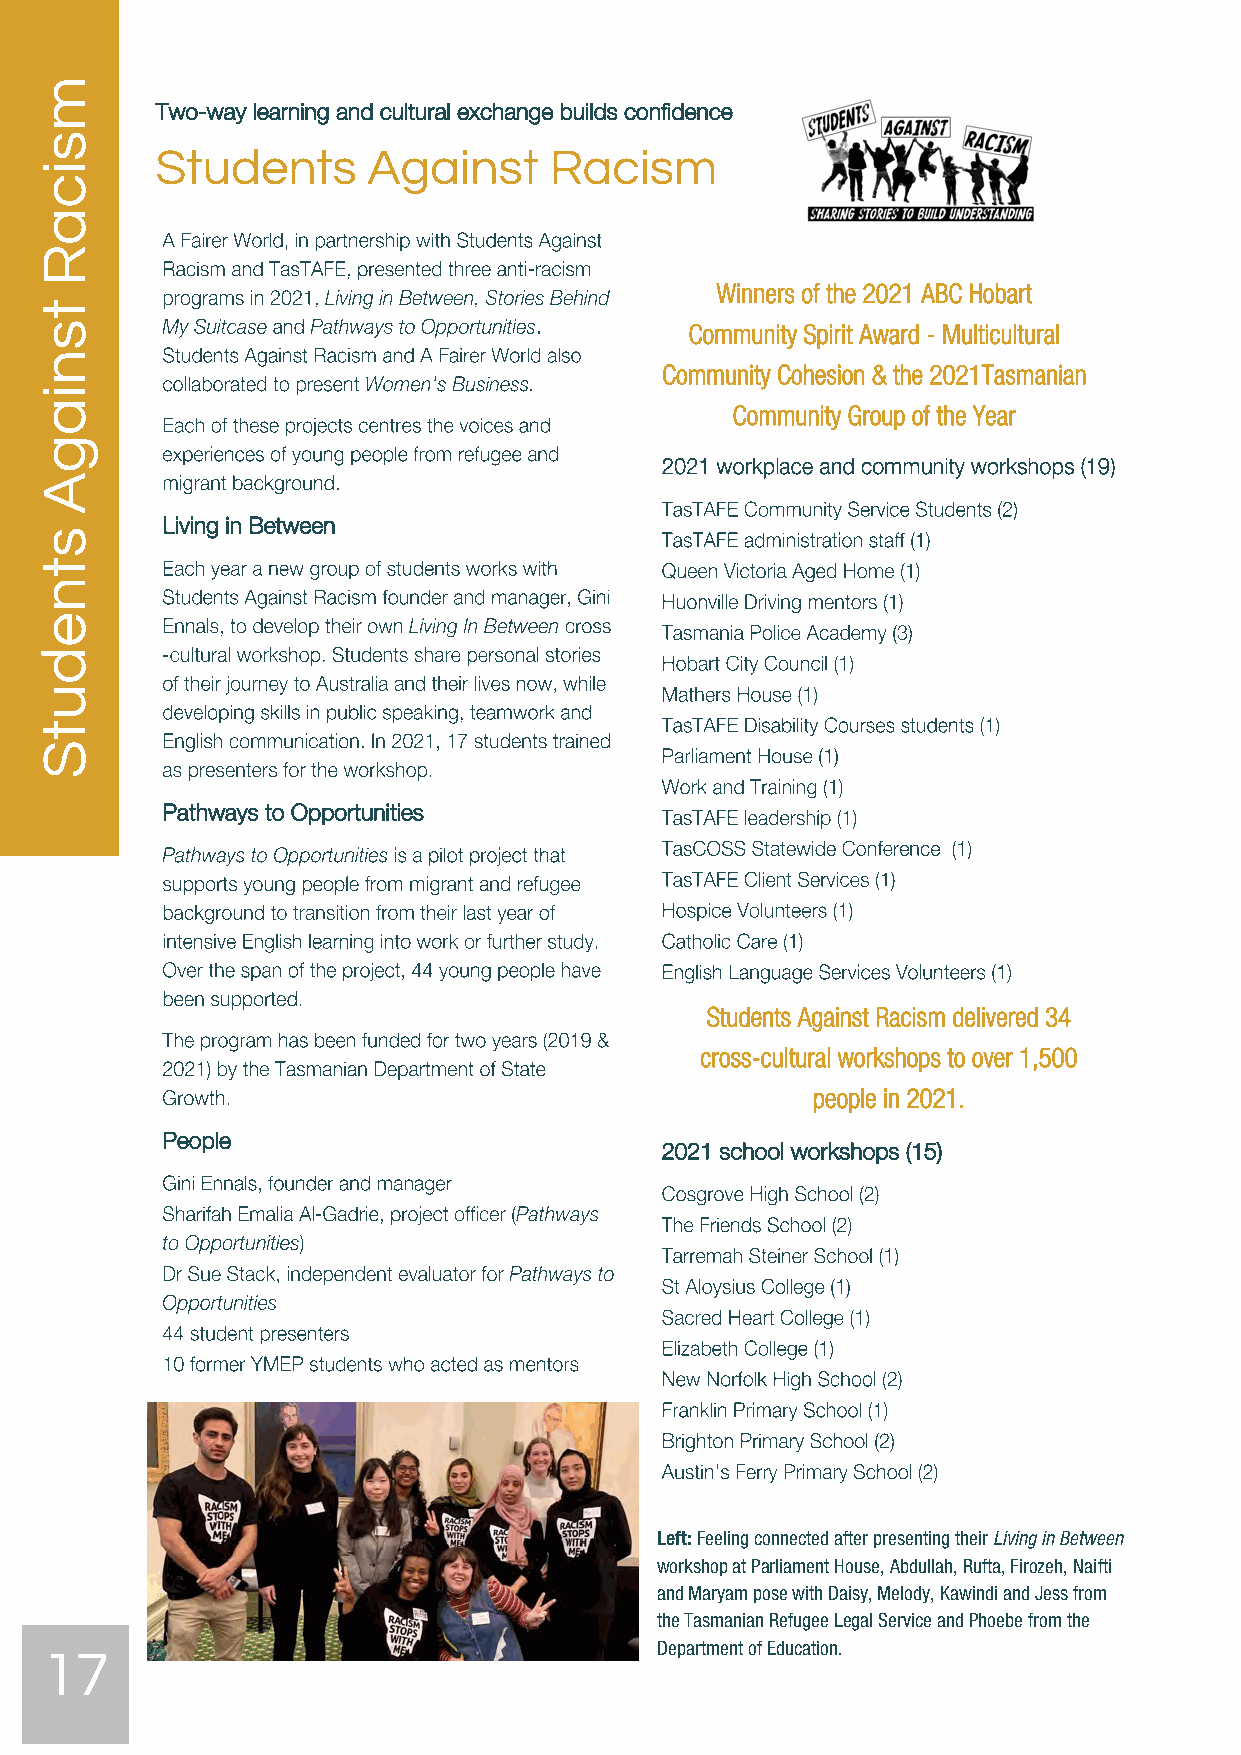
Two-way learning and cultural exchange builds confidence
 Students      Against     Racism
 Winners of the 2021 ABC Hobart
 Community Spirit Award - Multicultural
 Community Cohesion & the 2021Tasmanian
 Community Group of the Year
 Living in Between
 Pathways to Opportunities
 Students Against Racism delivered 34
 cross-cultural workshops to over 1,500
 people in 2021.
 People
 2021 school workshops (15)
 Left: Feeling connected after presenting their Living in Between
 workshop at Parliament House, Abdullah, Rufta, Firozeh, Naifti
 and Maryam pose with Daisy, Melody, Kawindi and Jess from
 the Tasmanian Refugee Legal Service and Phoebe from the
 17                                      Department of Education.
 msicaR
 tsniagA
 stnedutS